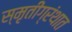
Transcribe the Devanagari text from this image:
स्मृतीग्रंथात